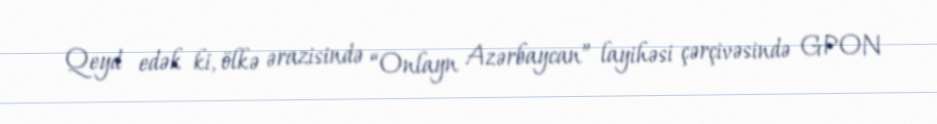
Qeyd edək ki, ölkə ərazisində “Onlayn Azərbaycan” layihəsi çərçivəsində GPON